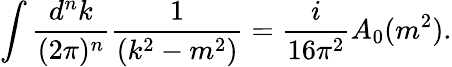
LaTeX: \int\frac{d^{n}k}{(2\pi)^{n}}\frac{1}{(k^{2}-m^{2})}=\frac{i}{16\pi^{2}}A_{0}(m^{2}).